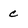
Character: c